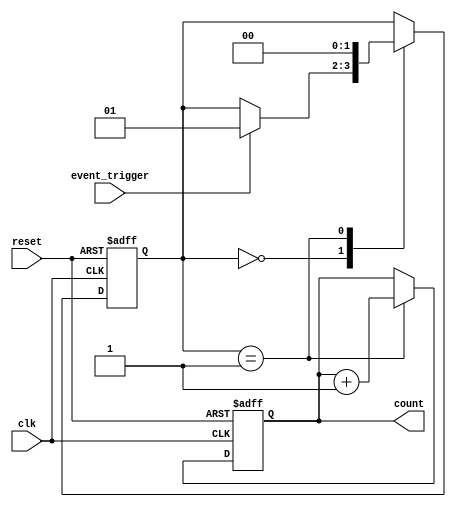
module event_timer (
    input clk, // Clock signal input
    input reset, // Reset signal input
    input event_trigger, // Event trigger signal input
    output reg[31:0] count // Counter output
);

reg[1:0] state;
parameter WAIT = 2'b00, COUNT = 2'b01;

always @(posedge clk or posedge reset)
begin
    if (reset) begin
        state <= WAIT;
        count <= 0;
    end 
    else begin
        case (state)
            WAIT: begin
                if (event_trigger) begin
                    state <= COUNT;
                end
            end
            COUNT: begin
                count <= count + 1;
                state <= WAIT;
            end
        endcase
    end
end

endmodule